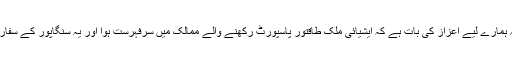
دوسری جانب سنگاپور کے حکام کا کہنا ہے کہ یہ ہمارے لیے اعزاز کی بات ہے کہ ایشیائی ملک طاقتور پاسپورٹ رکھنے والے ممالک میں سرفہرست ہوا اور یہ سنگاپور کے سفارتی تعلقات اور موثر غیر ملکی پالیسی کا نتیجہ ہے۔